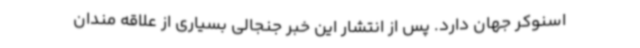
اسنوکر جهان دارد. پس از انتشار این خبر جنجالی بسیاری از علاقه مندان